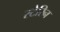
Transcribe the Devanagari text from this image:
स्टेरिन